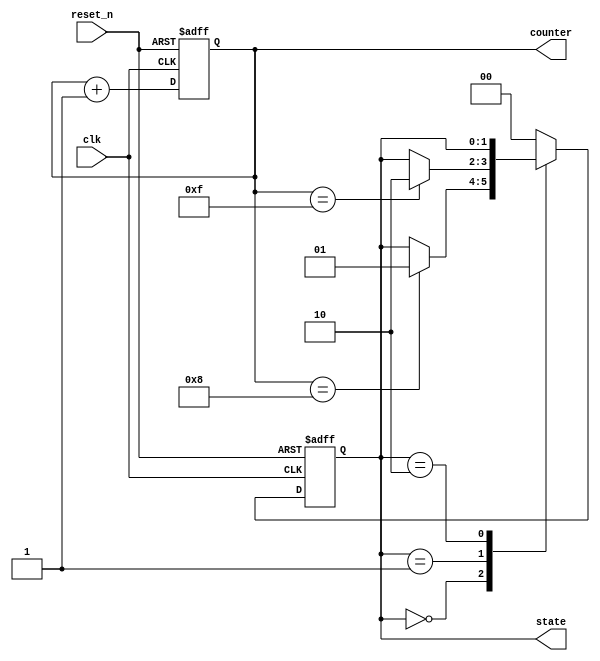
module initialization_example (
    input wire clk,
    input wire reset_n,  // Active low reset
    output reg [3:0] counter,
    output reg [1:0] state
);

// State encoding for a simple state machine
localparam STATE_IDLE = 2'b00;
localparam STATE_RUN  = 2'b01;
localparam STATE_DONE = 2'b10;

// Initialization Block
initial begin
    // Initialize counter to zero
    counter = 4'b0000;

    // Initialize state machine to IDLE state
    state = STATE_IDLE;
end

// Sequential logic for counter and state machine
always @(posedge clk or negedge reset_n) begin
    if (!reset_n) begin
        // On reset, set counter and state to known values
        counter <= 4'b0000;
        state <= STATE_IDLE;
    end else begin
        // Example counter increment
        counter <= counter + 1;

        // Simple state machine transitions
        case(state)
            STATE_IDLE: begin
                if (counter == 4'b1000)  // Example condition to change state
                    state <= STATE_RUN;
            end
            
            STATE_RUN: begin
                if (counter == 4'b1111)  // Example condition to finish
                    state <= STATE_DONE;
            end
            
            STATE_DONE: begin
                // Remain in DONE state (or additional logic can be added)
            end
            
            default: state <= STATE_IDLE; // Default case for safety
        endcase
    end
end

endmodule